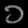
Digit: ၁